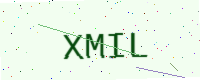
Text: XMIL